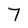
Character: 7